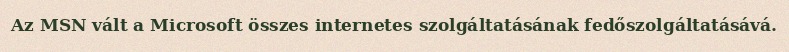
Az MSN vált a Microsoft összes internetes szolgáltatásának fedőszolgáltatásává.